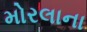
મોરલાના